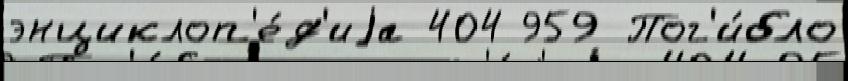
энциклоп'е́д'иjа 404 959 Пог'и́бло